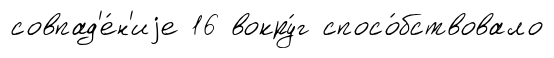
совпад'е́н'иjе 16 вокру́г спосо́бствовало